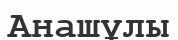
Анашұлы